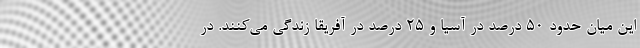
این میان حدود ۵۰ درصد در آسیا و ۲۵ درصد در آفریقا زندگی می‌کنند. در